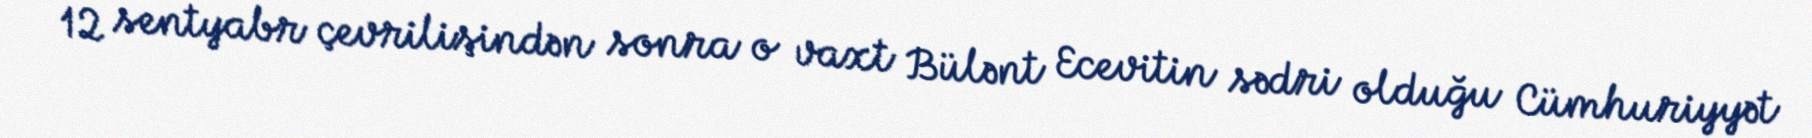
12 sentyabr çevrilişindən sonra o vaxt Bülənt Ecevitin sədri olduğu Cümhuriyyət